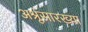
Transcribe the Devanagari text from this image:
अश्रूंसारख्या